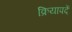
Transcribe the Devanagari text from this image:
क्रियापदें